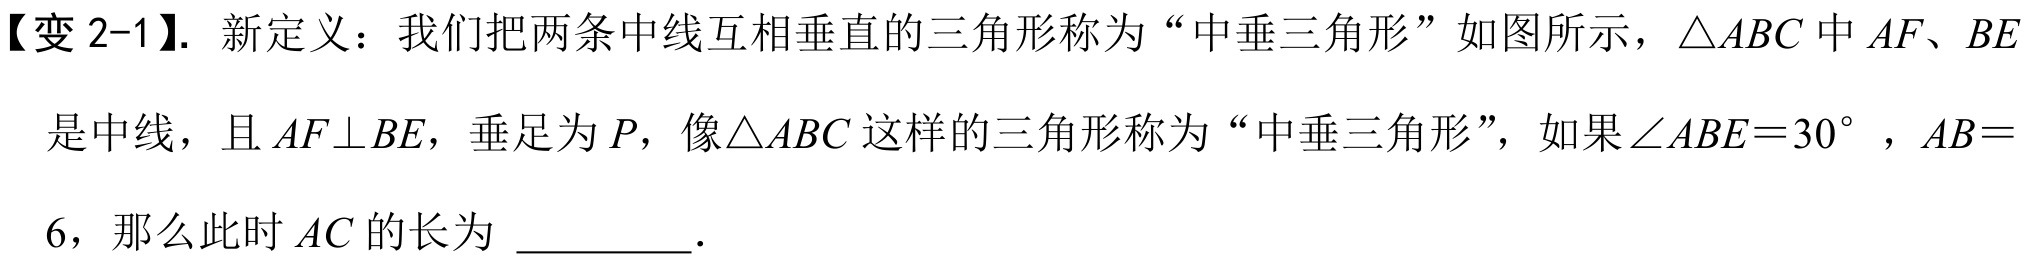
【变 2-1】. 新定义：我们把两条中线互相垂直的三角形称为“中垂三角形”如图所示，\(\triangle ABC\)中\(AF、BE\)是中线，且\(AF\perp BE\)，垂足为\(P\)，像\(\triangle ABC\)这样的三角形称为“中垂三角形”，如果\(\angle ABE = 30^{\circ}\)，\(AB = 6\)，那么此时\(AC\)的长为 \_\_\_\_\_\_．